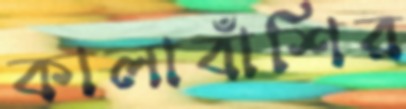
কালাবাঁশির